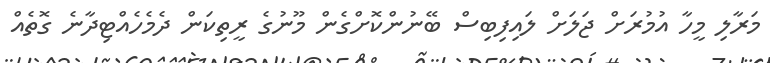
މަރާލި މީހާ އުމުރަށް ޖަލަށް ލައިފިބިސް ބޭނުންކޮށްގެން މޫނުގެ ރީތިކަން ދެމެހެއްޓިދާނެ ގޮތެއް